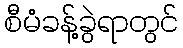
စီမံခန့်ခွဲရာတွင်